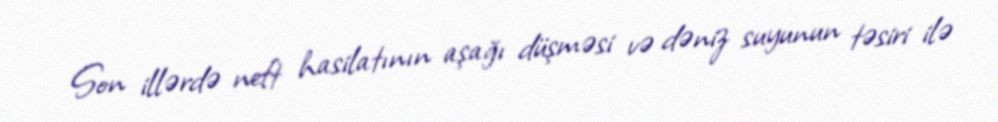
Son illərdə neft hasilatının aşağı düşməsi və dəniz suyunun təsiri ilə